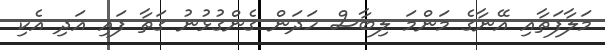
މަލާފަތާއި އޭނާގެ މަންމަ ލިބާސް ހަދަން ގެންގުޅުނު ގަތާ ފައި އަދި އެކި